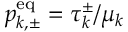
p _ { k , \pm } ^ { \mathrm { e q } } = \tau _ { k } ^ { \pm } / \mu _ { k }